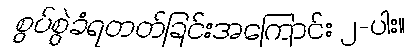
စွပ်စွဲခံရတတ်ခြင်းအကြောင်း ၂-ပါး။